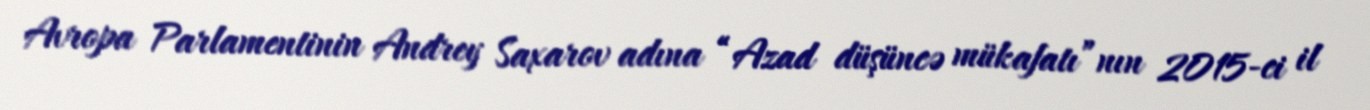
Avropa Parlamentinin Andrey Saxarov adına “Azad düşüncə mükafatı”nın 2015-ci il